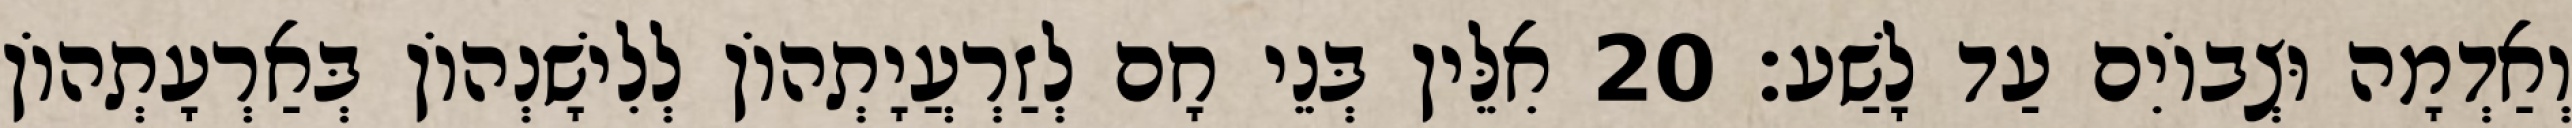
וְאַדְמָה וּצְבוֹיִם עַד לָשַׁע׃ 20 אִלֵּין בְּנֵי חָם לְזַרְעֲיָתְהוֹן לְלִישָׁנְהוֹן בְּאַרְעָתְהוֹן